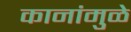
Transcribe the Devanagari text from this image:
कानांमुळे